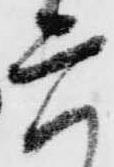
六